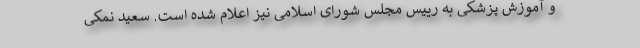
و آموزش پزشکی به رییس مجلس شورای اسلامی نیز اعلام شده است. سعید نمکی